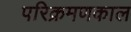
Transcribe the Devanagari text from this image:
परिक्रमणकाल